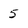
Character: 5